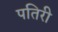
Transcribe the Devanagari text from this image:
पतिरी